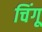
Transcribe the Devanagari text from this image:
चिंगू